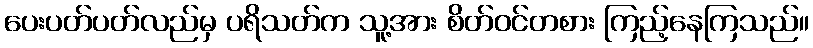
ပေးပတ်ပတ်လည်မှ ပရိသတ်က သူ့အား စိတ်ဝင်တစား ကြည့်နေကြသည်။